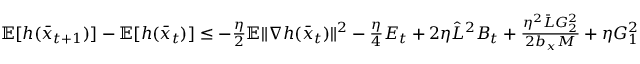
\begin{array} { r } { \mathbb { E } [ h ( \bar { x } _ { t + 1 } ) ] - \mathbb { E } [ h ( \bar { x } _ { t } ) ] \leq - \frac { \eta } { 2 } \mathbb { E } \| \nabla h ( \bar { x } _ { t } ) \| ^ { 2 } - \frac { \eta } { 4 } E _ { t } + 2 \eta \hat { L } ^ { 2 } B _ { t } + \frac { \eta ^ { 2 } \bar { L } G _ { 2 } ^ { 2 } } { 2 b _ { x } M } + \eta G _ { 1 } ^ { 2 } } \end{array}